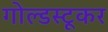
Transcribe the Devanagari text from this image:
गोल्डस्टूकर